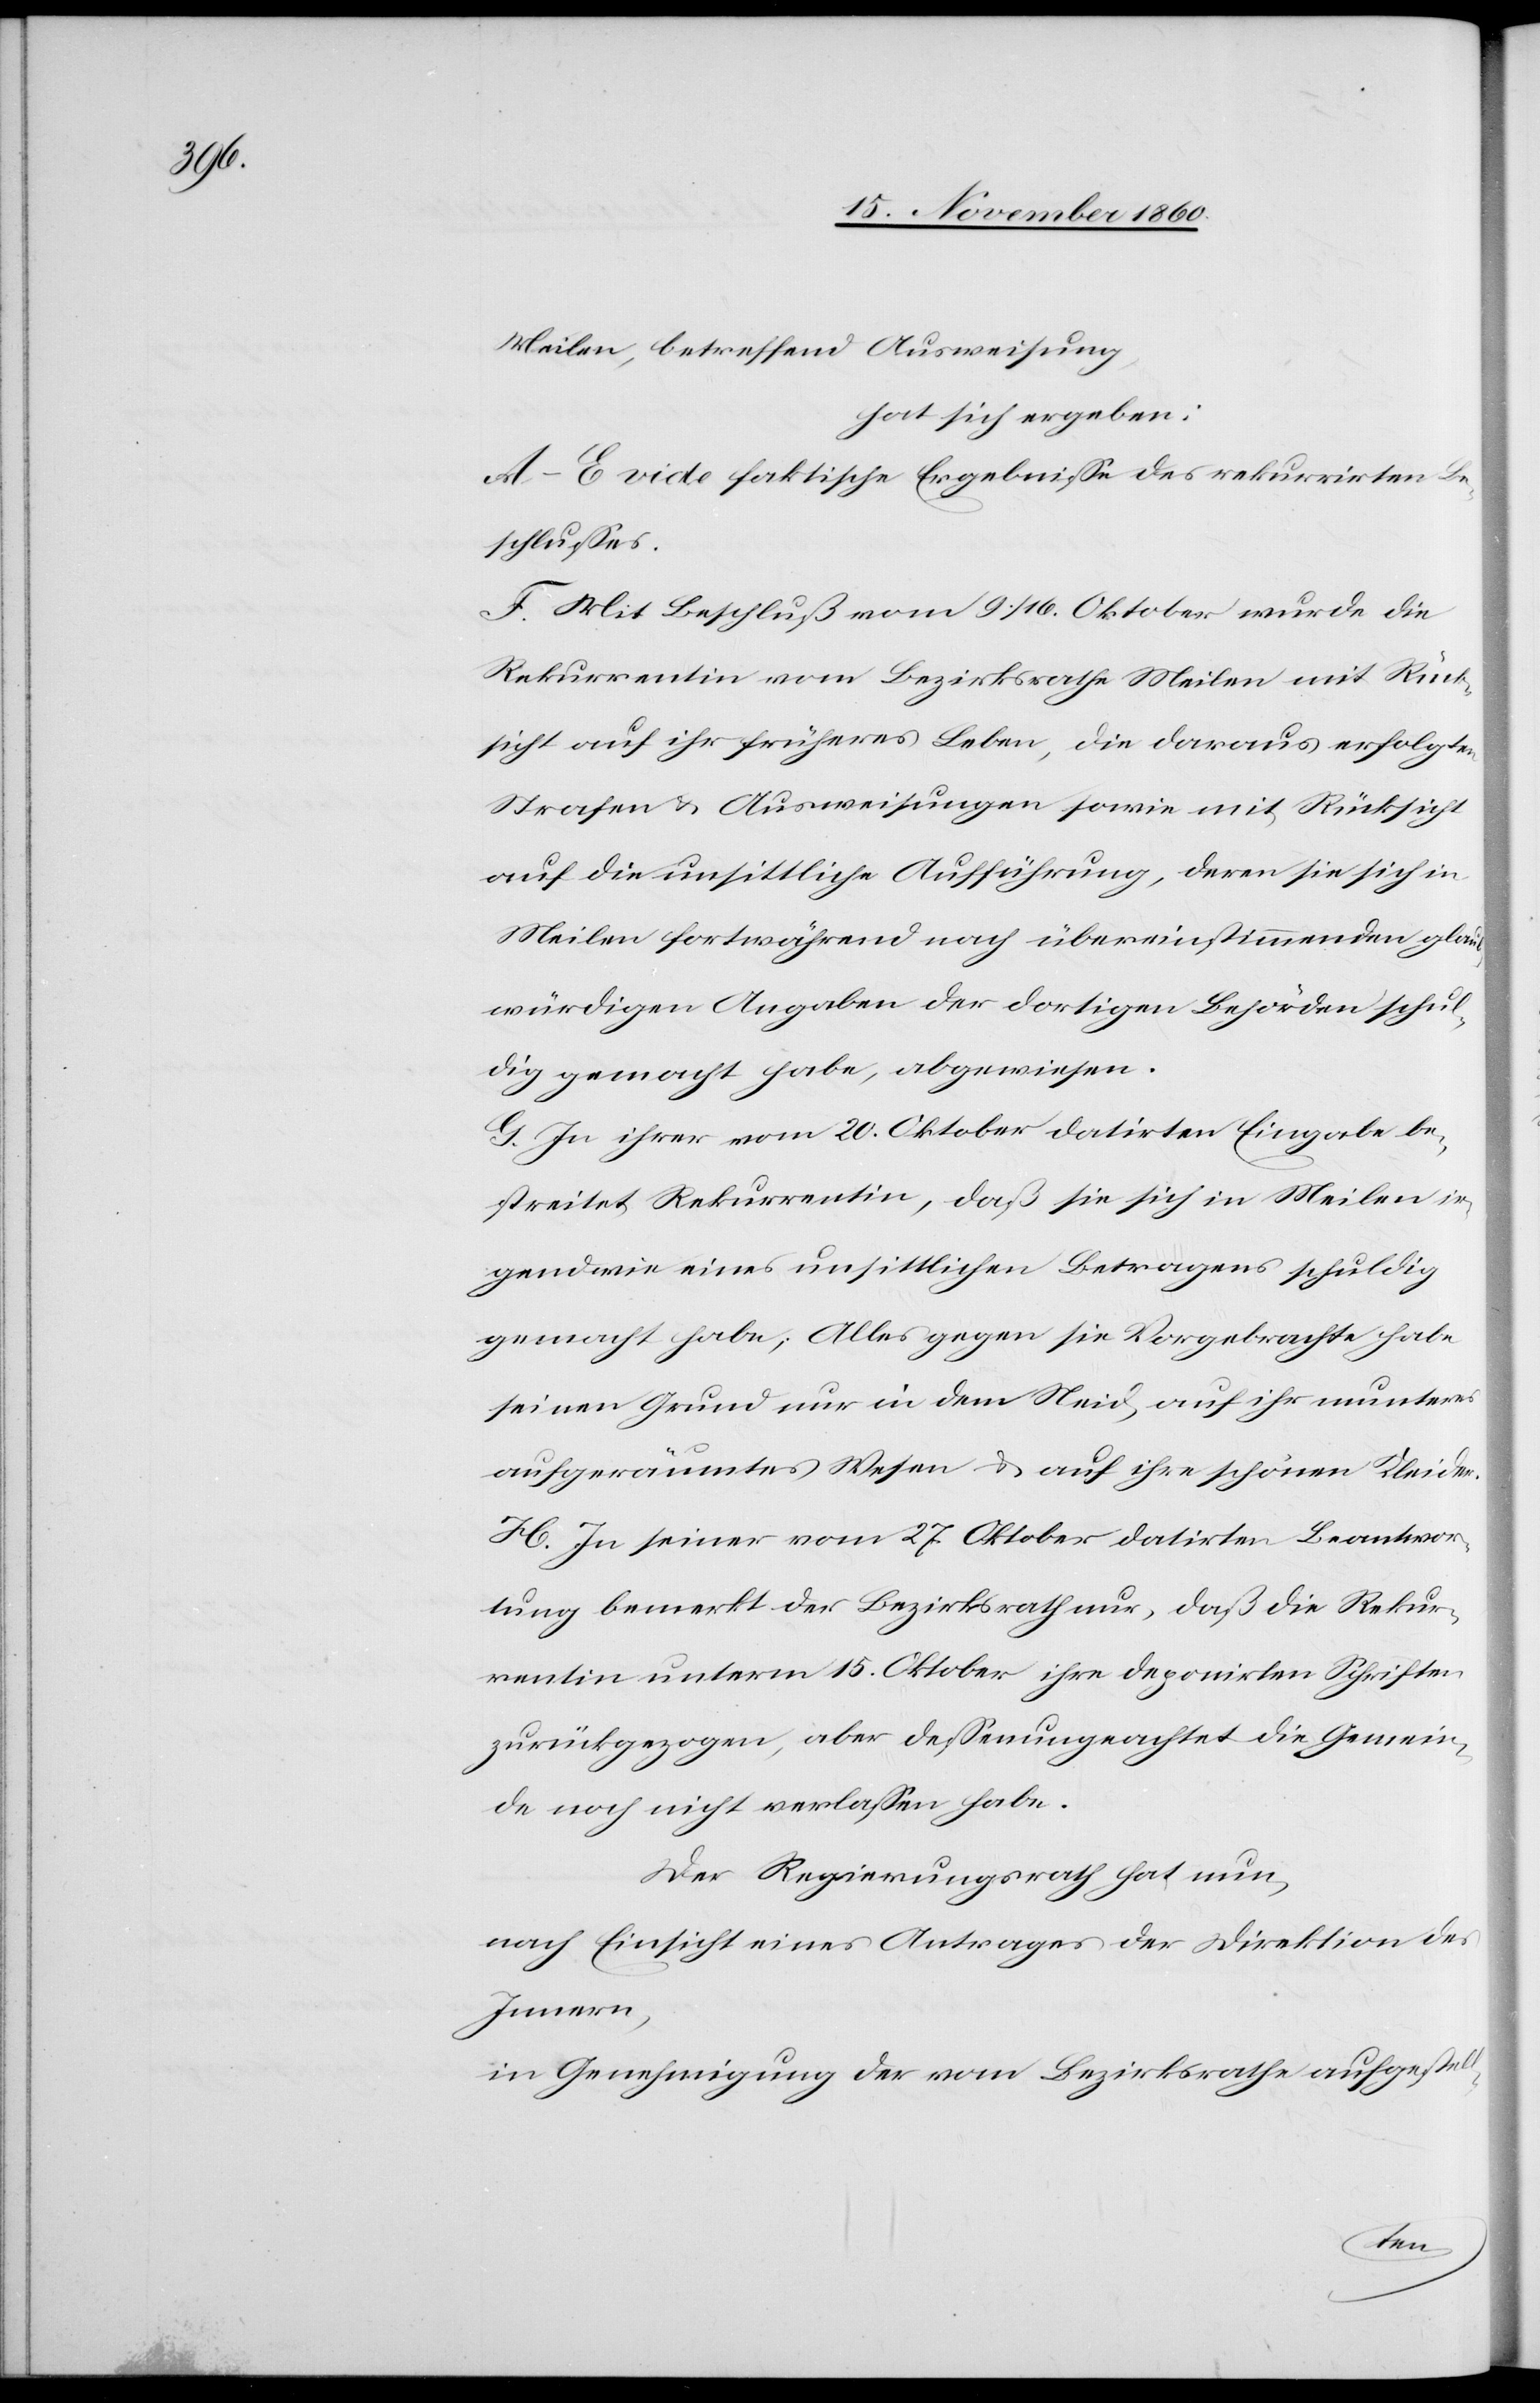
ll-

Meilen, betreffend Ausweisung,
hat sich ergeben:
A–E vide faktische Ergebnisse des rekurrirten Be¬
schlusses.
F. Mit Beschluß vom 9./16. Oktober wurde die
Rekurrentin vom Bezirksrathe Meilen mit Rück¬
sicht auf ihr früheres Leben, die daraus erfolgten
Strafen u. Ausweisungen sowie mit Rücksicht
auf die unsittliche Aufführung, deren sie sich in
Meilen fortwährend nach übereinstimmenden glaub¬
würdigen Angaben der dortigen Behörden schul¬
dig gemacht habe, abgewiesen.
G. In ihrer vom 20. Oktober datirten Eingabe be¬
streitet Rekurrentin, daß sie sich in Meilen ir¬
gendwie eines unsittlichen Betragens schuldig
gemacht habe, Alles gegen sie Vorgebrachte habe
seinen Grund nur in dem Neid, auf ihr munteres
aufgeräumtes Wesen u. auf ihre schönen Kleider.
H. In seiner vom 27. Oktober datirten Beantwor¬
tung bemerkt der Bezirksrath nur, daß die Rekur¬
rentin unterm 15. Oktober ihre deponirten Schriften
zurückgezogen, aber deßen ungeachtet die Gemein¬
de noch nicht verlassen habe.
Der Regierungsrath hat nun,
nach Einsicht eines Antrages der Direktion des
Innern,
in Genehmigung der vom Bezirksrathe aufgeste¬